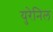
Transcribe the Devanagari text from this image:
युरेनिल